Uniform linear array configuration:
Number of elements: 64
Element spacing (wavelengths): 0.5
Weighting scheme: kaiser
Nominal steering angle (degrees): -30
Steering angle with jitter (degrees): -31.65
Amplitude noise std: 0.05
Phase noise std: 0.05

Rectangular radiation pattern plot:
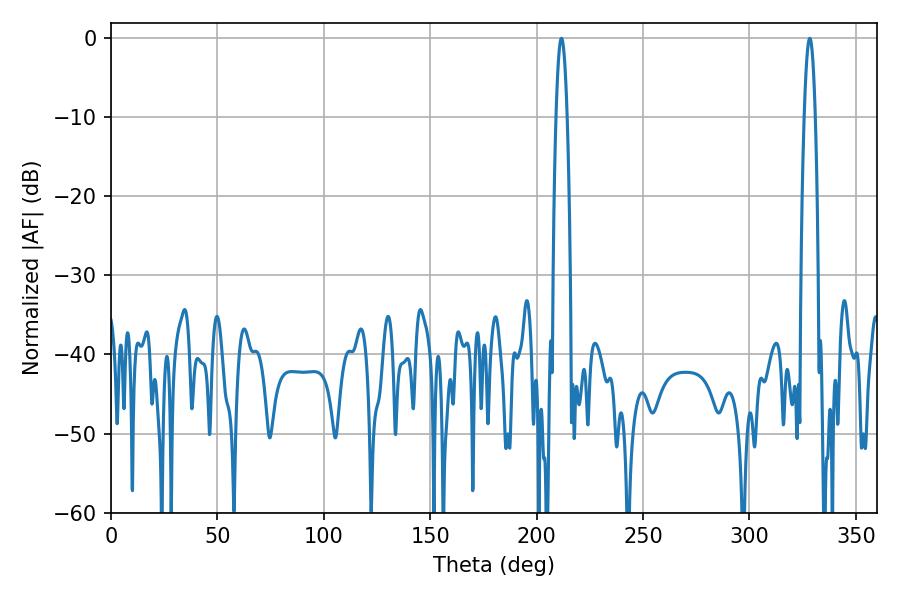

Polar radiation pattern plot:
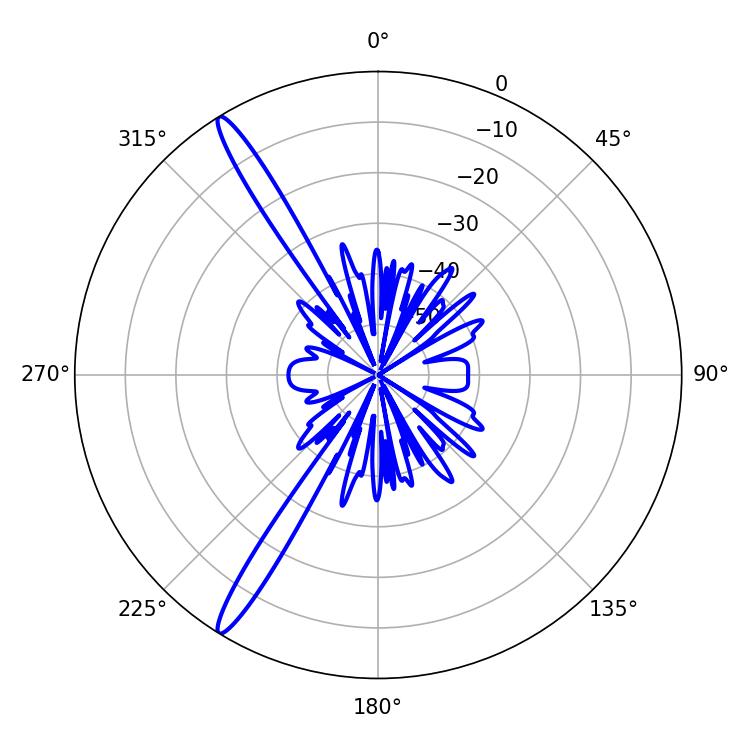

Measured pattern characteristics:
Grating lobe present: FALSE
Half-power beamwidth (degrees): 2.88
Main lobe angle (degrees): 328.32